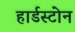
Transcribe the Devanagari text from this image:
हार्डस्टोन